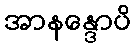
အာနန္ဒောပိ